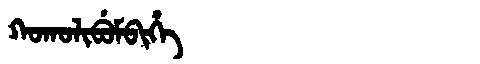
Manchu: ᡴᠣᡴᠣᠯᡳᠪᡠᠮᠪᡳᡥᡝ
Romanization: KOKOLIBUMBIHE